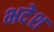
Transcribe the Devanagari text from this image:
भदेश